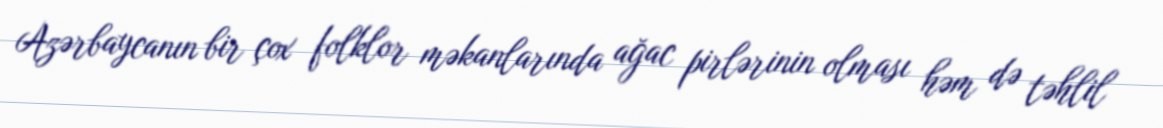
Azərbaycanın bir çox folklor məkanlarında ağac pirlərinin olması həm də təhlil